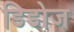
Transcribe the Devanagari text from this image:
डिडोज